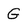
Character: G